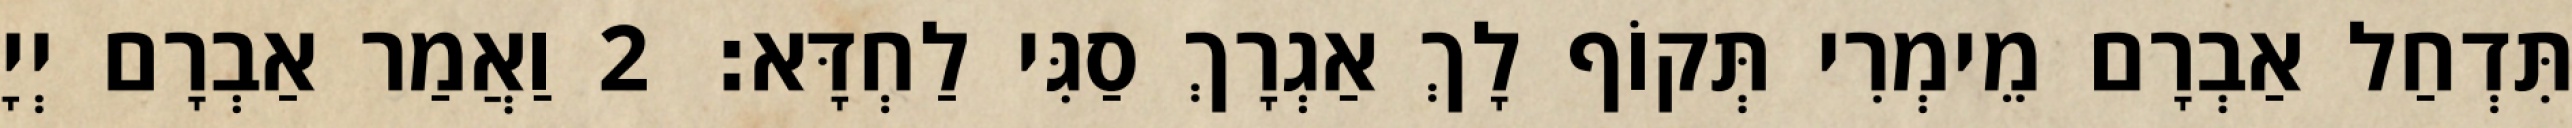
תִּדְחַל אַבְרָם מֵימְרִי תְּקוֹף לָךְ אַגְרָךְ סַגִּי לַחְדָּא׃ 2 וַאֲמַר אַבְרָם יְיָ